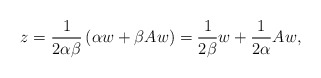
\begin{align*} z = \frac{1}{2\alpha\beta}\left(\alpha w + \beta Aw\right) = \frac{1}{2\beta}w + \frac{1}{2\alpha}Aw, \end{align*}